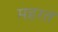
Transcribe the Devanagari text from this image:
महरत